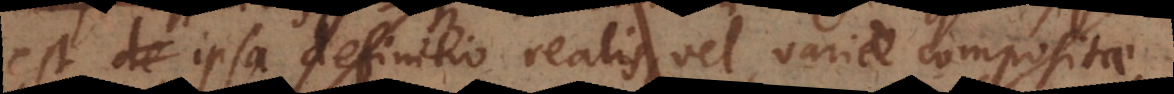
est ipsa definitio realis, vel variae compositae,